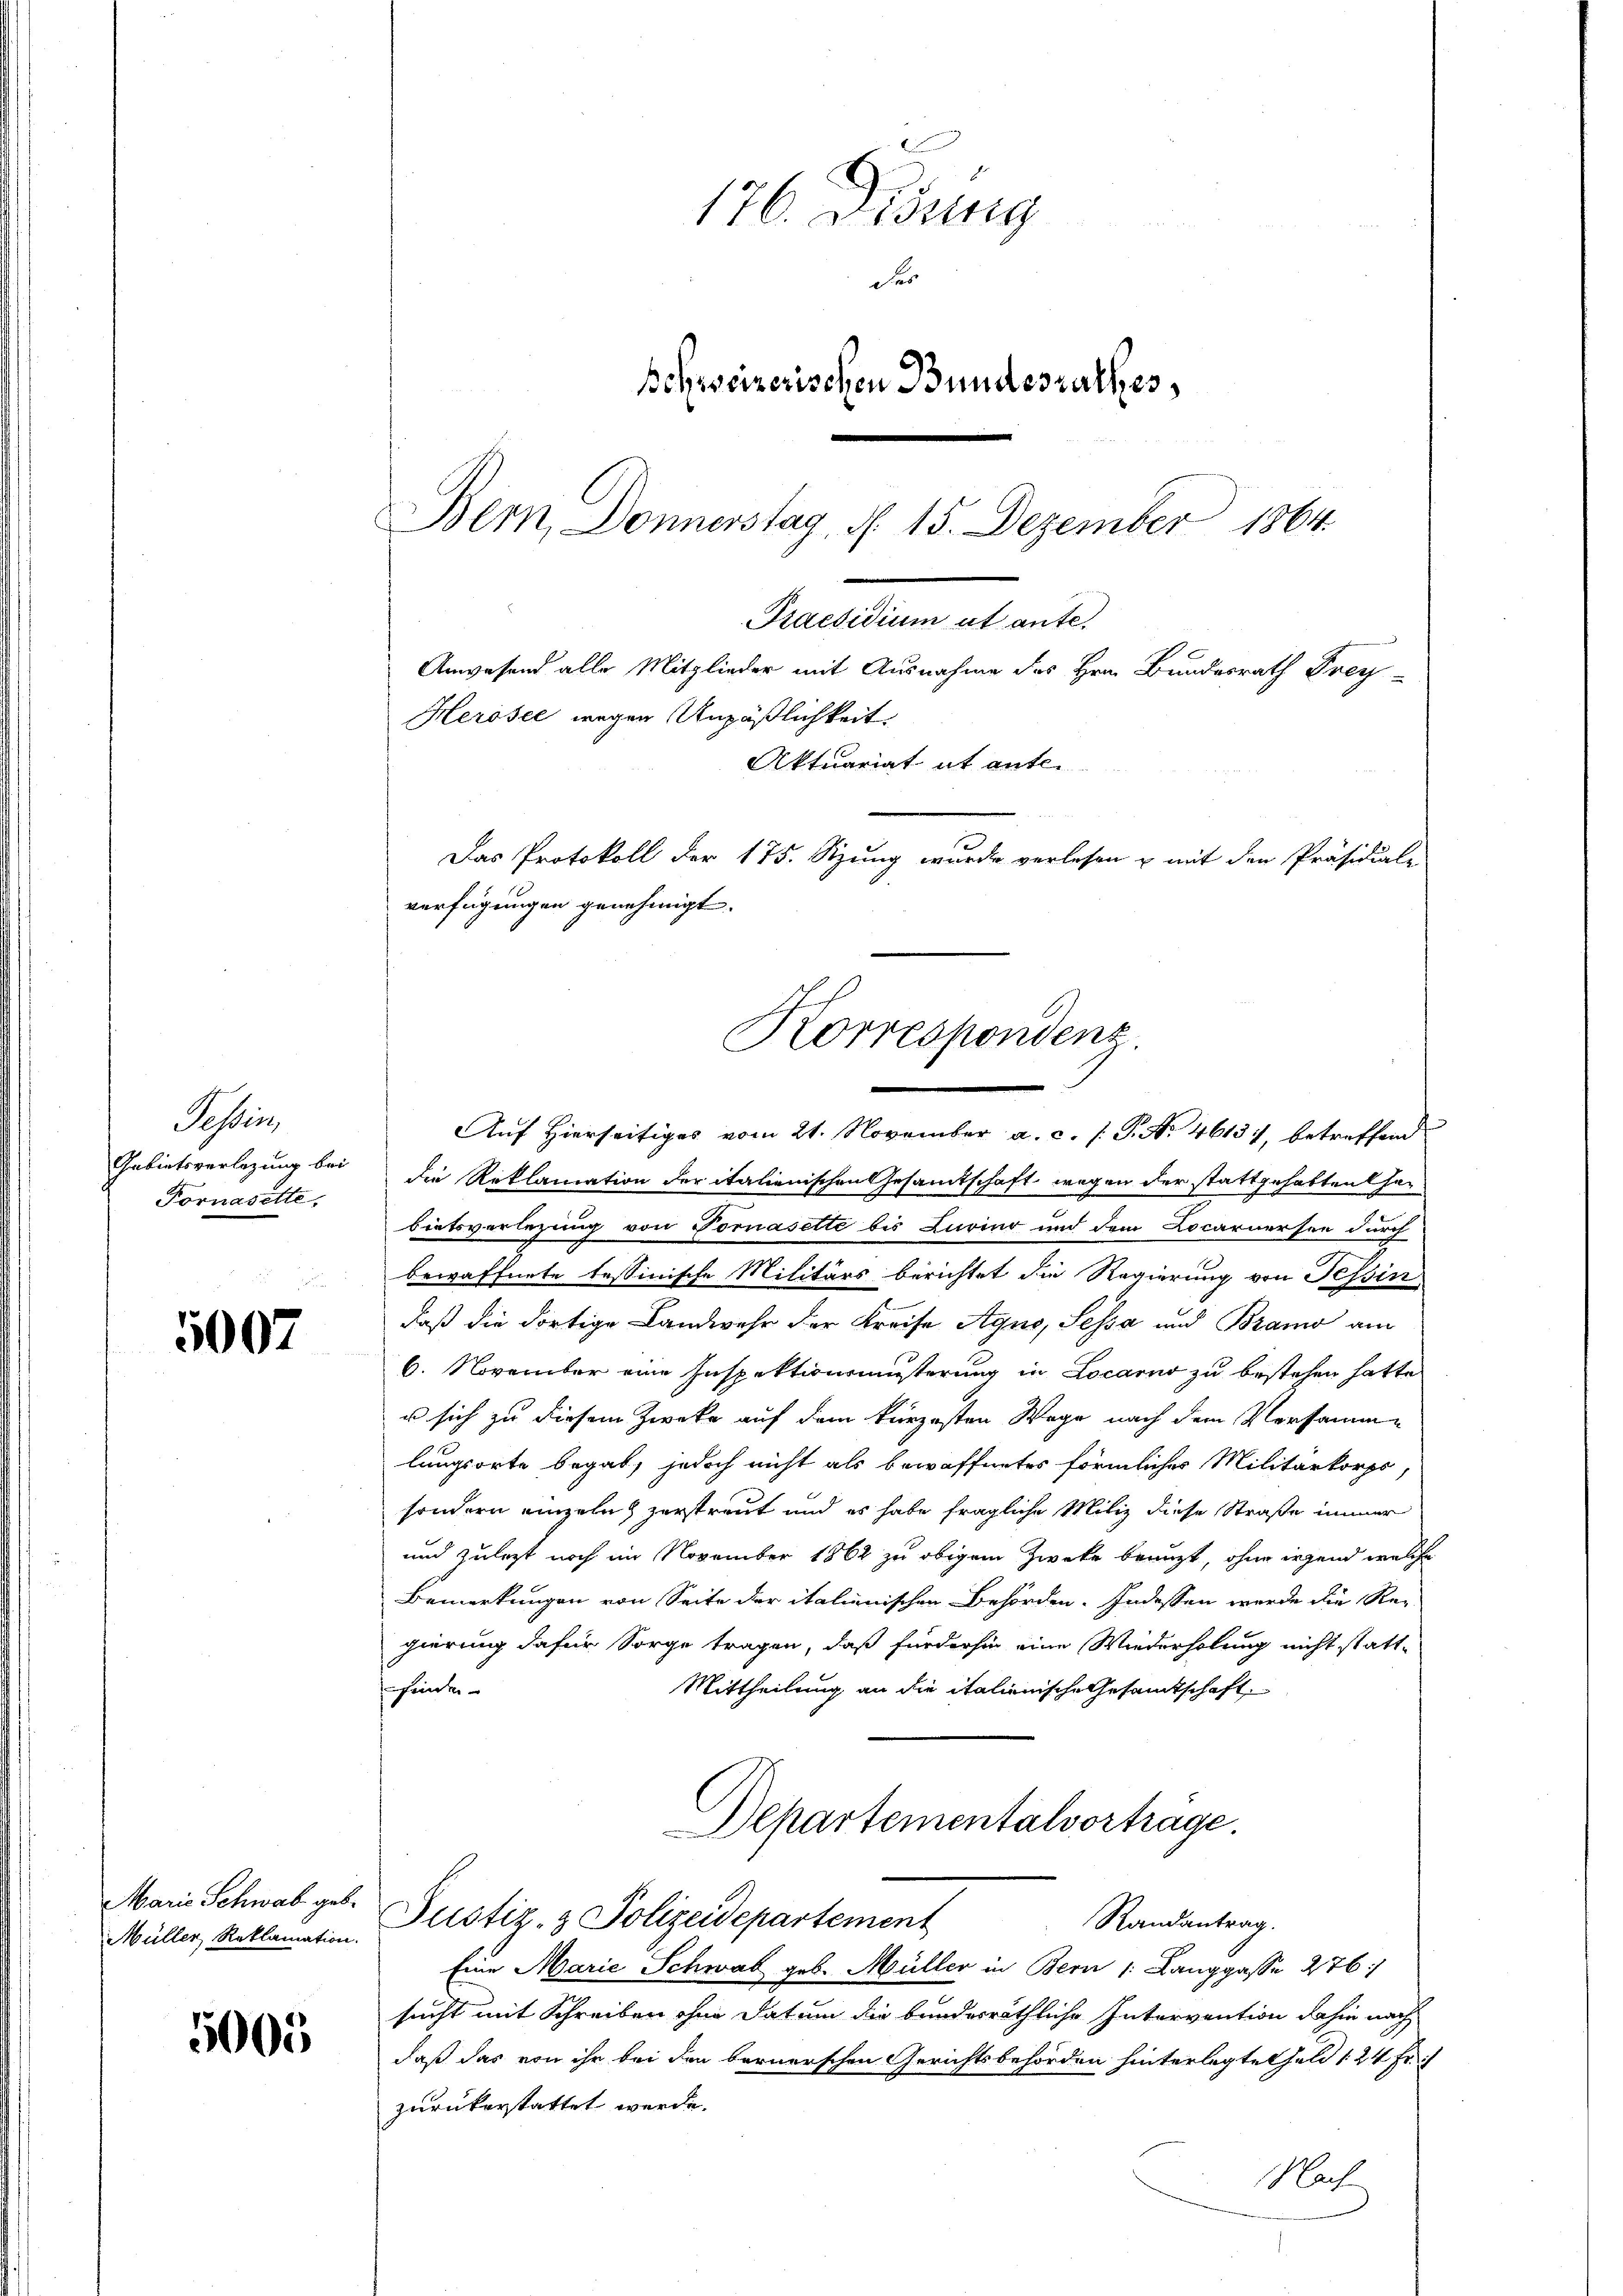
essin,
Gebietsverlegung bei
Fornasette,

5007

Marie Schwab geb.
Müller, Reklamation.

5000

176. Disung
des
schweizerischen Bundesrathes,
Bern Donnerstag, d. 15. Dezember 1864

Herosee wegen Unpäßlichkeit
verfügungen genehmigt.
Korrespondenz
.

Praesidium ut ante.
Anwesend alle Mitglieder mit Ausnahme des Hrn. Bundesrath Frey-
Aktuariat it ente.
Das Protokoll der 175. Sitzung wurde verlesen u mit den Präsidiale

Auf Hierseitiges vom 21. November a. c. (T. N. 4613), betreffend
die Reklamation der italienischen Gesamtschaft wegen der stattgehabten Gebietsverlegung von Vornasette bis Curier und dem Locarnersee durch
bewaffnete tessinische Militärs berichtet die Regierung von Tessin
daß die dortige Landwehr der Kreise Agno, Sessa und Bramo am
6. November eine Inspektionsmüsterung in Locarno zu bestehen hatte,
u sich zu diesem Zwecke auf dem kürzesten Wege nach dem Versammlangsorte begab, jedoch nicht als bewaffnetes förmliches Militärkorps,
sondern einzeln zerstreut und es habe fragliche Miliz diese Straße immer
und zuletzt noch im November 1862 zu obigem Zwecke beauft, ohne irgend welche
Bemerkungen von Seite der italienischen Behörden. Indessen werde die Re-
gierung dafür Sorge tragen, daß fürderhin eine Wiederholung nicht statt-
Mittheilung an die italienische Gesamtschaft
finden
Departementalvortrage.
Justiz- & Polizeidepartement
Randantrag.
Eine Marie Schwab geb. Müller in Bern /: Langgasse 276
sucht mit Schreiben ohne Datum die bundesräthliche Intervention dahin nach
daß das von ihr bei den bernerschen Gerichtsbehörden hinterlegte Geld 124 Fr.
zurückerstattet werde.
Nach